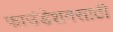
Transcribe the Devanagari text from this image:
फाउंडेशनसाठी